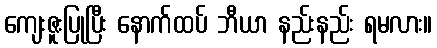
ကျေးဇူးပြုပြီး နောက်ထပ် ဘီယာ နည်းနည်း ရမလား။